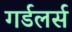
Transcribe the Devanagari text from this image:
गर्डलर्स